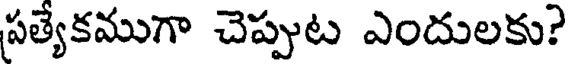
పత్యేకముగా చెప్పుట ఎందులకు?